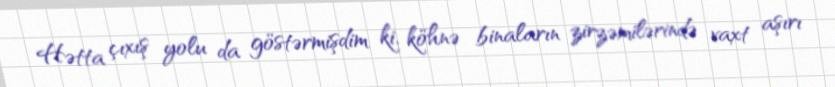
Hətta çıxış yolu da göstərmişdim ki, köhnə binaların zirzəmilərində vaxt aşırı